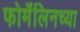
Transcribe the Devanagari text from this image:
फोर्मॅलिनच्या